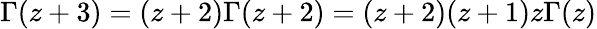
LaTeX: \Gamma(z+3)=(z+2)\Gamma(z+2)=(z+2)(z+1)z\Gamma(z)